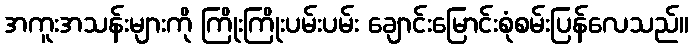
အကူးအသန်းများကို ကြိုးကြိုးပမ်းပမ်း ချောင်းမြောင်းစုံစမ်းပြန်လေသည်။